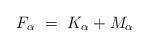
LaTeX: \begin{align*} F_\alpha~=~K_\alpha + M_\alpha\end{align*}